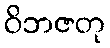
ဝိဘဇတု